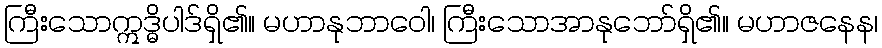
ကြီးသောဣဒ္ဓိပါဒ်ရှိ၏။ မဟာနုဘာဝေါ၊ ကြီးသောအာနုဘော်ရှိ၏။ မဟာဇနေန၊